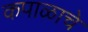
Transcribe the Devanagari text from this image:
कपाळाचे